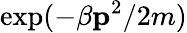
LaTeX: \exp(-\beta\mathbf{p}^{2}/2m)